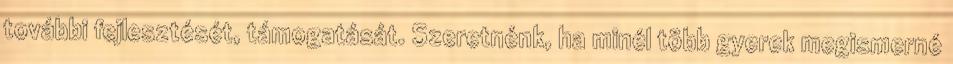
további fejlesztését, támogatását. Szeretnénk, ha minél több gyerek megismerné